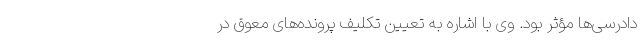
دادرسی‌ها مؤثر بود. وی با اشاره به تعیین تکلیف پرونده‌های معوق در